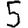
Digit: 5